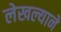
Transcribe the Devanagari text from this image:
लेखल्याने